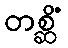
တစ္ဆိံ